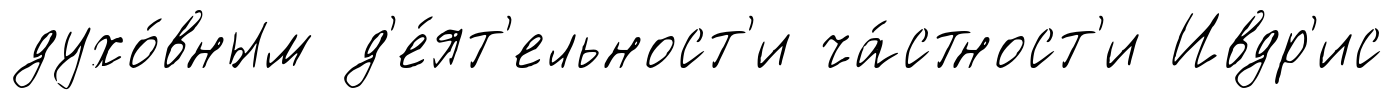
духо́вным д'е́ят'ельност'и ча́стност'и Ивдр'ис